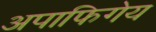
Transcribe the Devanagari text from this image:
अपाफिगेय